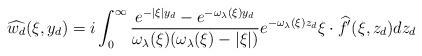
LaTeX: \begin{align*}\widehat{w_d}(\xi,y_d)=i\int^{\infty}_0\frac{e^{-|\xi|y_d} - e^{-\omega_\lambda(\xi)y_d}} {\omega_\lambda(\xi)(\omega_\lambda(\xi)-|\xi|)} e^{-\omega_\lambda(\xi)z_d}\xi \cdot \widehat{f}'(\xi,z_d)dz_d\end{align*}